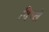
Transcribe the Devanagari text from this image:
दिग्ले